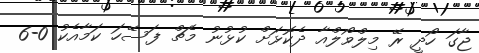
ޖާގަ ހޯދީ ރޭ މިލްވޯލްއާ ދެކޮޅަށް ކުޅުނު މެޗް ފަސޭހަ ކަމާއެކު 0-6